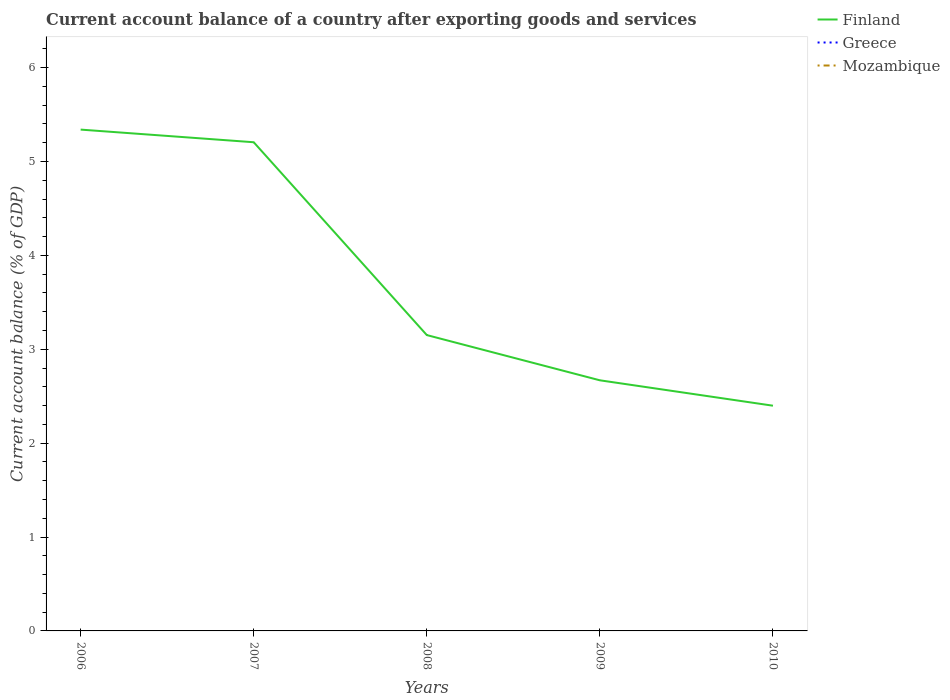
| Years | Finland | Greece | Mozambique |
 | --- | --- | --- | --- |
 | 2006 | 5.34 | -10.8 | -9.21 |
 | 2007 | 5.2 | -14 | -8.39 |
 | 2008 | 3.15 | -14.5 | -10.4 |
 | 2009 | 2.67 | -10.9 | -11.2 |
 | 2010 | 2.4 | -10.1 | -14.3 |